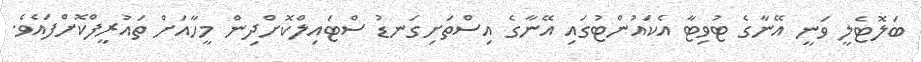
ބަލޮޓެލީ ވަނީ އޭނާގެ ޓުވިޓާ އެކައުންޓުގައި އޭނާގެ އިސްތަށިގަނޑު ސްޓައިލްކޮށްދިން މީހާއަށް ތައުރީފްކޮށްފައެވެ.